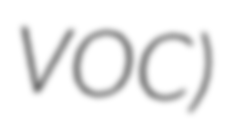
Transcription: VOC)